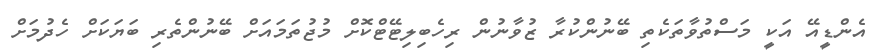
އެންޑީއޭ އަކީ މަސްތުވާތަކެތި ބޭނުންކުރާ ޒުވާނުން ރިހެބިލިޓޭޓްކޮށް މުޖުތަމައަށް ބޭނުންތެރި ބަޔަކަށް ހެދުމަށް